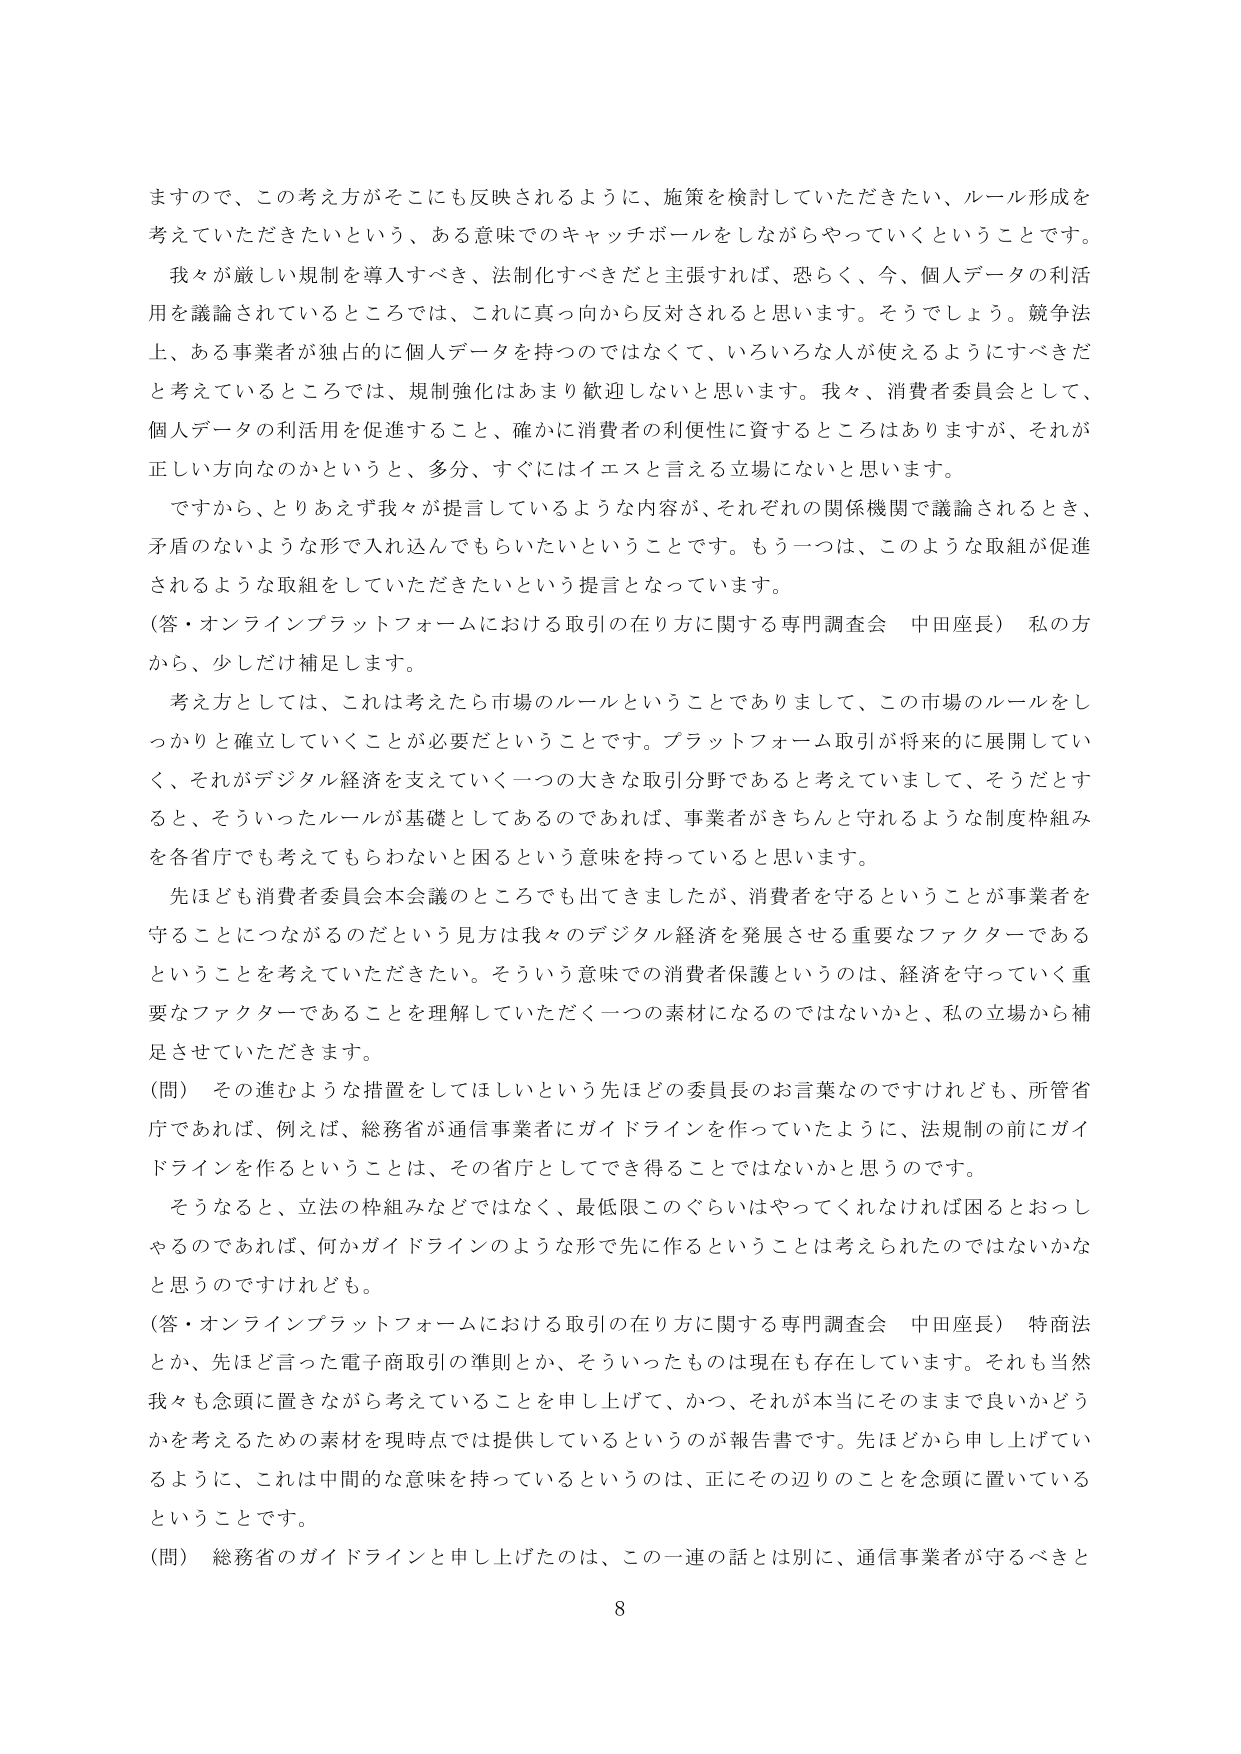
ますので、この考え方がそこにも反映されるように、施策を検討していただきたい、ルール形成を
考えていただきたいという、ある意味でのキャッチボールをしながらやっていくということです。
我々が厳しい規制を導入すべき、法制化すべきだと主張すれば、恐らく、今、個人データの利活
用を議論されているところでは、これに真っ向から反対されると思います。そうでしょう。競争法
上、ある事業者が独占的に個人データを持つのではなくて、いろいろな人が使えるようにすべきだ
と考えているところでは、規制強化はあまり歓迎しないと思います。我々、消費者委員会として、
個人データの利活用を促進すること、確かに消費者の利便性に資するところはありますが、それが
正しい方向なのかというと、多分、すぐにはイエスと言える立場にないと思います。
ですから、とりあえず我々が提言しているような内容が、それぞれの関係機関で議論されるとき、
矛盾のないような形で入れ込んでもらいたいということです。もう一つは、このような取組が促進
されるような取組をしていただきたいという提言となっています。
（答・オンラインプラットフォームにおける取引の在り方に関する専門調査会 中田座長） 私の方
から、少しだけ補足します。
考え方としては、これは考えたら市場のルールということでありまして、この市場のルールをし
っかりと確立していくことが必要だということです。プラットフォーム取引が将来的に展開してい
く、それがデジタル経済を支えていく一つの大きな取引分野であると考えていまして、そうだとす
ると、そういったルールが基礎としてあるのであれば、事業者がきちんと守れるような制度枠組み
を各省庁でも考えてもらわないと思われるという意味を持っていると思います。
先ほども消費者委員会本会議のところでも出てきましたが、消費者を守るということが事業者を
守ることにつながるのだという見方は我々のデジタル経済を発展させる重要なファクターである
ということを考えていただきたい。そういう意味での消費者保護というのは、経済を守っていく重
要なファクターであることを理解していただく一つの素材になるのではないかと、私の立場から補
足させていただきます。
（問） その進むような措置をしてほしいという先ほどの委員長のお言葉なのですが、所管省
庁であれば、例えば、総務省が通信事業者にガイドラインを作っていたように、法規制の前にガイ
ドラインを作ることは、その省庁としてでき得ることではないかと思うのです。
そうなると、立法の枠組みなどではなく、最低限このぐらいはやってくれなければ困るとおっし
ゃるのであれば、何かガイドラインのような形で先に作るということは考えられたのではないかな
と思うのですけれども。
（答・オンラインプラットフォームにおける取引の在り方に関する専門調査会 中田座長） 特商法
とか、先ほど言った電子商取引の準則とか、そういったものは現在も存在しています。それも当然
我々も念頭に置きながら考えていることを申し上げて、かつ、それが本当にそのままで良いかどう
かを考えるための素材を現時点では提供しているというのが報告書です。先ほどから申し上げてい
るように、これは中間的な意味を持っているというのは、正にその辺りのことを念頭に置いている
ということです。
（問） 総務省のガイドラインと申し上げたのは、この一連の話とは別に、通信事業者が守るべきと
8